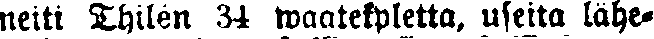
neiti Thilén 34 waatekpletta, useita lähe-